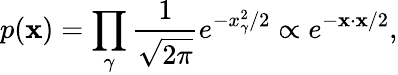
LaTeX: p(\textbf{x})=\prod_{\gamma}\frac{1}{\sqrt{2\pi}}e^{-x_{\gamma}^{2}/2}\propto e^{-\textbf{x}\cdot\textbf{x}/2},